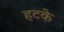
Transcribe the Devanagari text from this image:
हटके